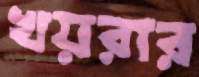
খয়রার